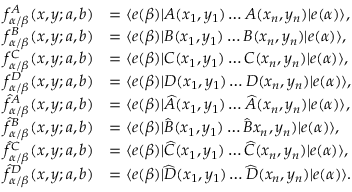
\begin{array} { r l } { f _ { \alpha / \beta } ^ { A } ( x , y ; a , b ) } & { = \langle e ( \beta ) | A ( x _ { 1 } , y _ { 1 } ) \dots A ( x _ { n } , y _ { n } ) | e ( \alpha ) \rangle , } \\ { f _ { \alpha / \beta } ^ { B } ( x , y ; a , b ) } & { = \langle e ( \beta ) | B ( x _ { 1 } , y _ { 1 } ) \dots B ( x _ { n } , y _ { n } ) | e ( \alpha ) \rangle , } \\ { f _ { \alpha / \beta } ^ { C } ( x , y ; a , b ) } & { = \langle e ( \beta ) | C ( x _ { 1 } , y _ { 1 } ) \dots C ( x _ { n } , y _ { n } ) | e ( \alpha ) \rangle , } \\ { f _ { \alpha / \beta } ^ { D } ( x , y ; a , b ) } & { = \langle e ( \beta ) | D ( x _ { 1 } , y _ { 1 } ) \dots D ( x _ { n } , y _ { n } ) | e ( \alpha ) \rangle , } \\ { \widehat { f } _ { \alpha / \beta } ^ { A } ( x , y ; a , b ) } & { = \langle e ( \beta ) | \widehat { A } ( x _ { 1 } , y _ { 1 } ) \dots \widehat { A } ( x _ { n } , y _ { n } ) | e ( \alpha ) \rangle , } \\ { \widehat { f } _ { \alpha / \beta } ^ { B } ( x , y ; a , b ) } & { = \langle e ( \beta ) | \widehat { B } ( x _ { 1 } , y _ { 1 } ) \dots \widehat { B } x _ { n } , y _ { n } ) | e ( \alpha ) \rangle , } \\ { \widehat { f } _ { \alpha / \beta } ^ { C } ( x , y ; a , b ) } & { = \langle e ( \beta ) | \widehat { C } ( x _ { 1 } , y _ { 1 } ) \dots \widehat { C } ( x _ { n } , y _ { n } ) | e ( \alpha ) \rangle , } \\ { \widehat { f } _ { \alpha / \beta } ^ { D } ( x , y ; a , b ) } & { = \langle e ( \beta ) | \widehat { D } ( x _ { 1 } , y _ { 1 } ) \dots \widehat { D } ( x _ { n } , y _ { n } ) | e ( \alpha ) \rangle . } \end{array}